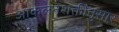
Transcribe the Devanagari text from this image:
आकलनशक्तीनुसार